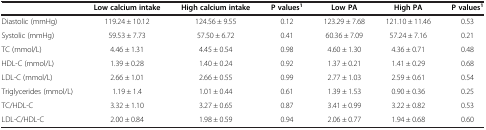
|  | Low calcium intake | High calcium intake | P values1 | Low PA | High PA | P values1 |
 | --- | --- | --- | --- | --- | --- | --- |
 | Diastolic (mmHg) | 119.24 ± 10.12 | 124.56 ± 9.55 | 0.12 | 123.29 ± 7.68 | 121.10 ± 11.46 | 0.53 |
 | Systolic (mmHg) | 59.53 ± 7.73 | 57.50 ± 6.72 | 0.41 | 60.36 ± 7.09 | 57.24 ± 7.16 | 0.21 |
 | TC (mmol/L) | 4.46 ± 1.31 | 4.45 ± 0.54 | 0.98 | 4.60 ± 1.30 | 4.36 ± 0.71 | 0.48 |
 | HDL-C (mmol/L) | 1.39 ± 0.28 | 1.40 ± 0.24 | 0.92 | 1.37 ± 0.21 | 1.41 ± 0.29 | 0.68 |
 | LDL-C (mmol/L) | 2.66 ± 1.01 | 2.66 ± 0.55 | 0.99 | 2.77 ± 1.03 | 2.59 ± 0.61 | 0.54 |
 | Triglycerides (mmol/L) | 1.19 ± 1.4 | 1.01 ± 0.44 | 0.61 | 1.39 ± 1.53 | 0.90 ± 0.36 | 0.25 |
 | TC/HDL-C | 3.32 ± 1.10 | 3.27 ± 0.65 | 0.87 | 3.41 ± 0.99 | 3.22 ± 0.82 | 0.53 |
 | LDL-C/HDL-C | 2.00 ± 0.84 | 1.98 ± 0.59 | 0.94 | 2.06 ± 0.77 | 1.94 ± 0.68 | 0.60 |